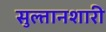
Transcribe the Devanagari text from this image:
सुल्तानशारी